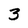
Character: 3